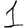
Digit: 1